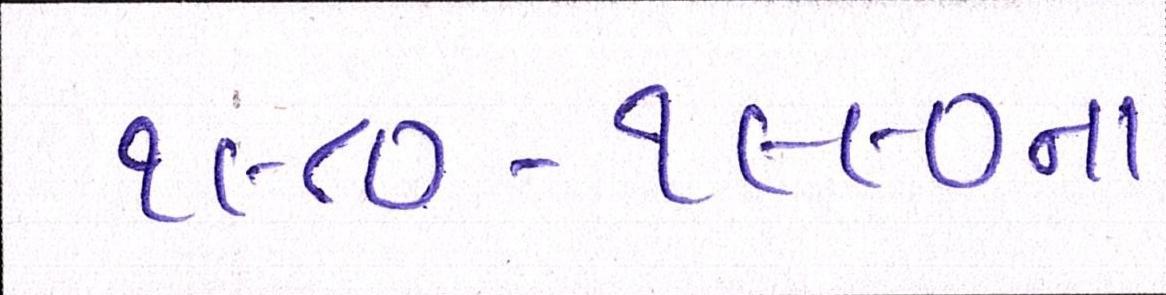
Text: ૧૯૮૦-૧૯૯૦ના